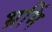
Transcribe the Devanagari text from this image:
भ्रमिं